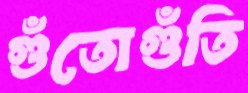
গুঁতোগুঁতি